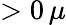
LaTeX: >0\, \mu